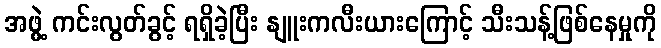
အဖွဲ့ ကင်းလွတ်ခွင့် ရရှိခဲ့ပြီး နျူးကလီးယားကြောင့် သီးသန့်ဖြစ်နေမှုကို